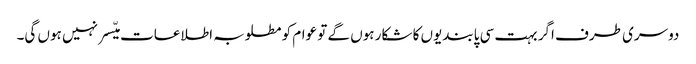
دوسری طرف اگر بہت سی پابندیوں کا شکار ہوں گے تو عوام کو مطلوبہ اطلاعات میّسر نہیں ہوں گی۔